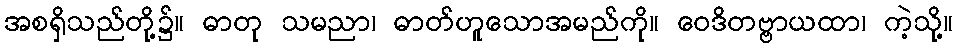
အစရှိသည်တို့၌။ ဓာတု သမညာ၊ ဓာတ်ဟူသောအမည်ကို။ ဝေဒိတဗ္ဗာယထာ၊ ကဲ့သို့။